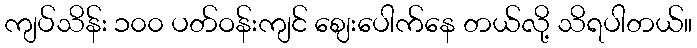
ကျပ်သိန်း ၁၀၀ ပတ်ဝန်းကျင် ဈေးပေါက်နေ တယ်လို့ သိရပါတယ်။